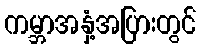
ကမ္ဘာအနှံ့အပြားတွင်